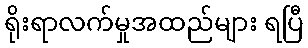
ရိုးရာလက်မှုအထည်များ ရပြီ